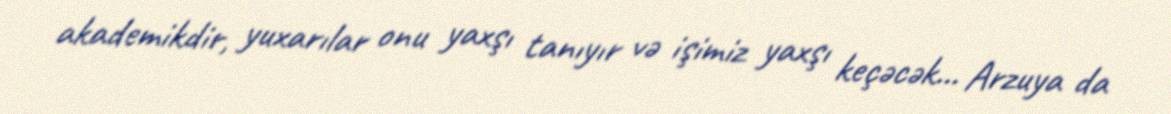
akademikdir, yuxarılar onu yaxşı tanıyır və işimiz yaxşı keçəcək... Arzuya da